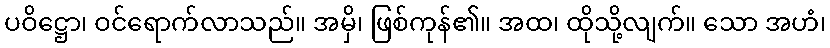
ပဝိဋ္ဌော၊ ဝင်ရောက်လာသည်။ အမှိ၊ ဖြစ်ကုန်၏။ အထ၊ ထိုသို့လျက်။ သော အဟံ၊